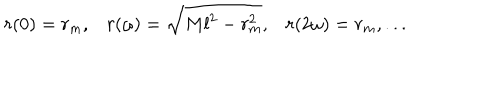
LaTeX: r ( 0 ) = r _ { m } , r ( \omega ) = \sqrt { M l ^ { 2 } - r _ { m } ^ { 2 } } , r ( 2 \omega ) = r _ { m } , . . .